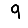
Digit: 9